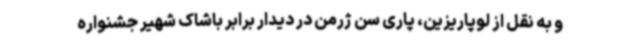
و به نقل از لوپاریزین، پاری سن ژرمن در دیدار برابر باشاک شهیر جشنواره